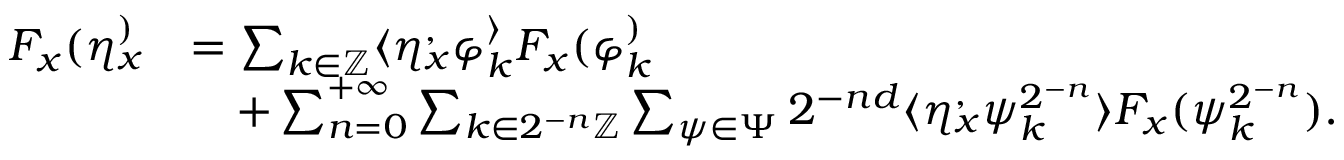
\begin{array} { r l } { F _ { x } ( \eta _ { x } ^ ) } & { = \sum _ { k \in \mathbb { Z } } \langle \eta _ { x } ^ , \varphi _ { k } ^ \rangle F _ { x } ( \varphi _ { k } ^ ) } \\ & { \quad + \sum _ { n = 0 } ^ { + \infty } \sum _ { k \in 2 ^ { - n } \mathbb { Z } } \sum _ { \psi \in \Psi } 2 ^ { - n d } \langle \eta _ { x } ^ , \psi _ { k } ^ { 2 ^ { - n } } \rangle F _ { x } ( \psi _ { k } ^ { 2 ^ { - n } } ) . } \end{array}